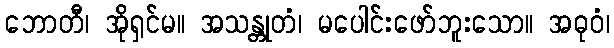
ဘောတီ၊ အိုရှင်မ။ အသန္တုတံ၊ မပေါင်းဖော်ဘူးသော။ အဓုဝံ၊